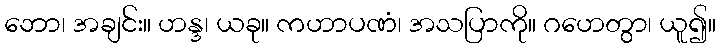
ဘော၊ အချင်း။ ဟန္ဒ၊ ယခု။ ကဟာပဏံ၊ အသပြာကို။ ဂဟေတွာ၊ ယူ၍။